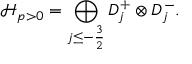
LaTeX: \mathcal { H } _ { p > 0 } = \bigoplus _ { j \leq - \frac { 3 } { 2 } } D _ { j } ^ { + } \otimes D _ { j } ^ { - } .